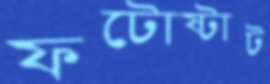
ফটোষ্টাট